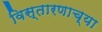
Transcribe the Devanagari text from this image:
विस्तारणाच्या